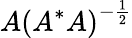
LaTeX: A\left(A^{*}A\right)^{-{\frac{1}{2}}}